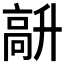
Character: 𩫆